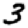
Digit: 3